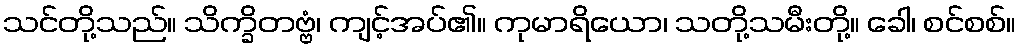
သင်တို့သည်။ သိက္ခိတဗ္ဗံ၊ ကျင့်အပ်၏။ ကုမာရိယော၊ သတို့သမီးတို့။ ခေါ၊ စင်စစ်။